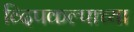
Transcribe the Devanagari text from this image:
व्दिपकल्पाच्या